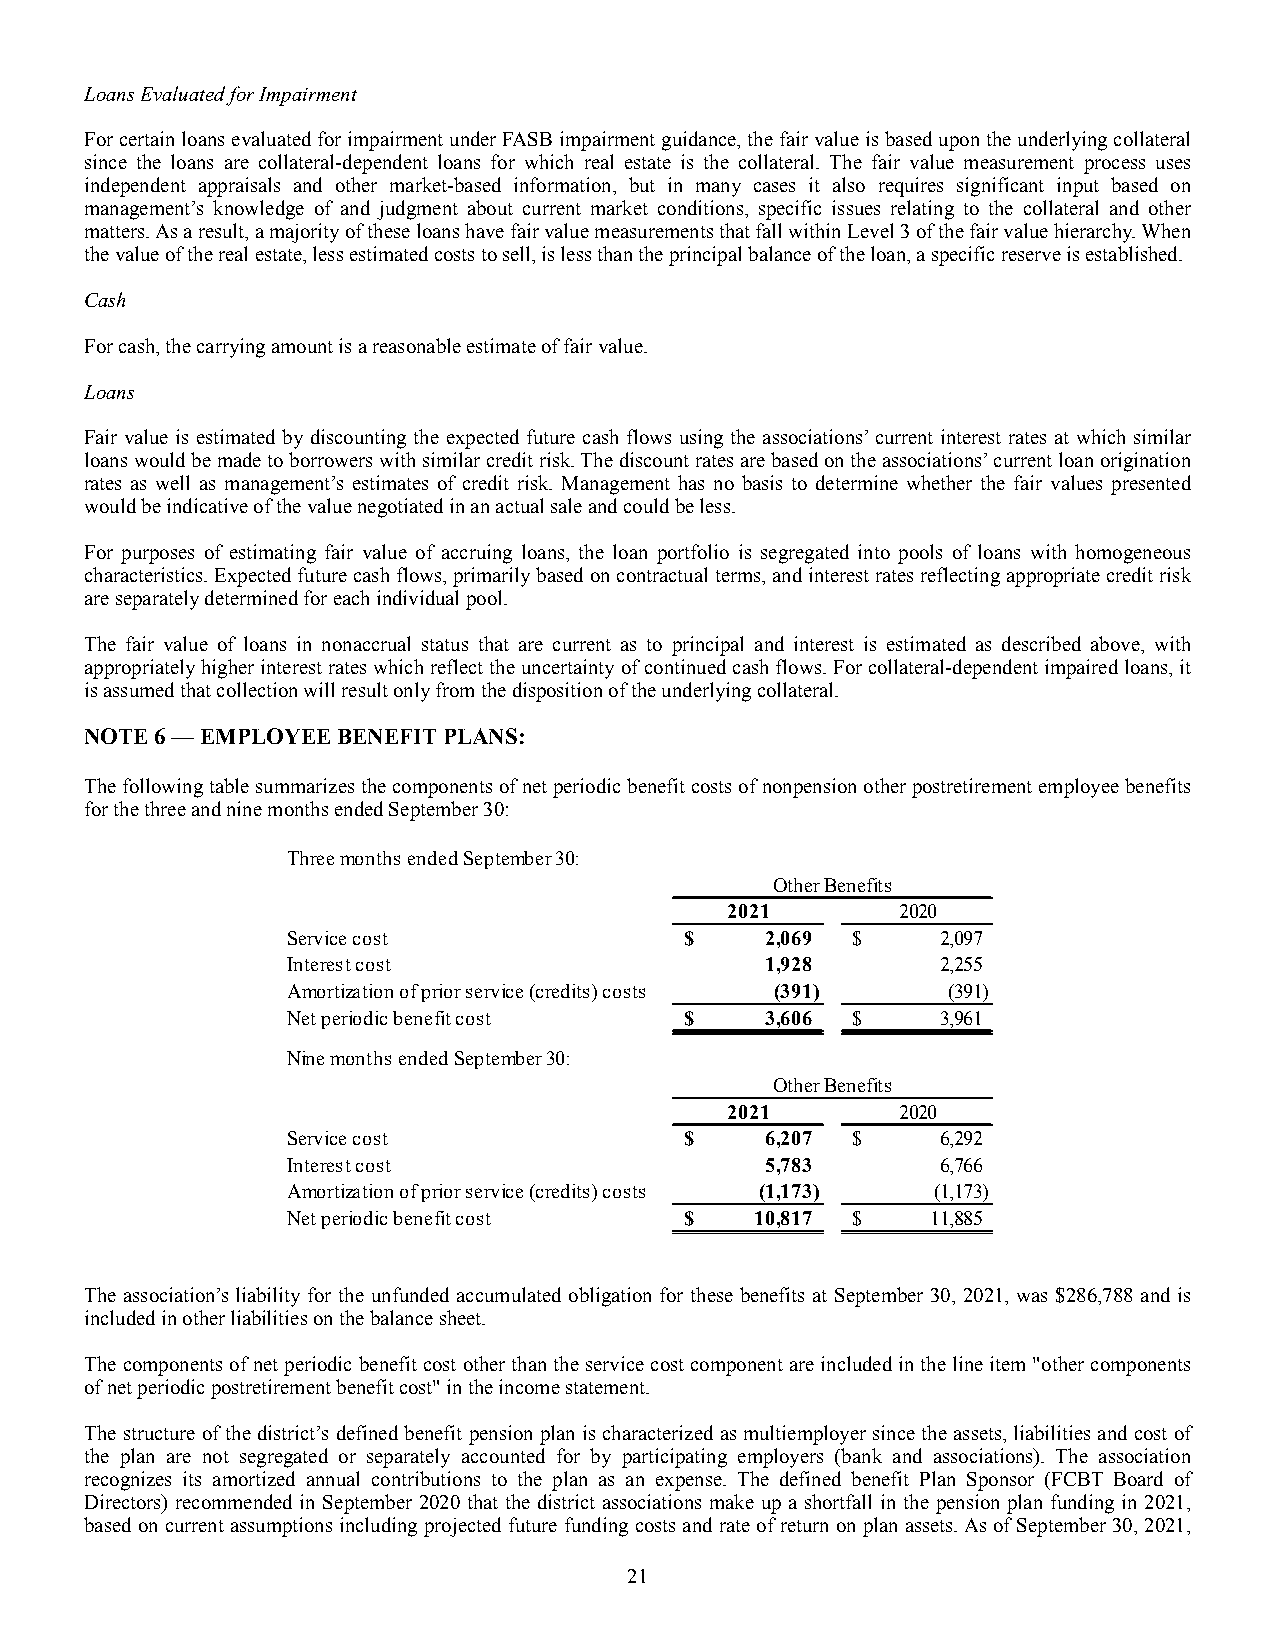
Loans Evaluated for Impairment
 For certain loans evaluated for impairment under FASB impairment guidance, the fair value is based upon the underlying collateral
 since the loans are collateral-dependent loans for which real estate is the collateral. The fair value measurement process uses
 independent appraisals and other market-based information, but in many cases it also requires significant input based on
 management’s knowledge of and judgment about current market conditions, specific issues relating to the collateral and other
 matters. As a result, a majority of these loans have fair value measurements that fall within Level 3 of the fair value hierarchy. When
 the value of the real estate, less estimated costs to sell, is less than the principal balance of the loan, a specific reserve is established.
 Cash
 For cash, the carrying amount is a reasonable estimate of fair value.
 Loans
 Fair value is estimated by discounting the expected future cash flows using the associations’ current interest rates at which similar
 loans would be made to borrowers with similar credit risk. The discount rates are based on the associations’ current loan origination
 rates as well as management’s estimates of credit risk. Management has no basis to determine whether the fair values presented
 would be indicative of the value negotiated in an actual sale and could be less.
 For purposes of estimating fair value of accruing loans, the loan portfolio is segregated into pools of loans with homogeneous
 characteristics. Expected future cash flows, primarily based on contractual terms, and interest rates reflecting appropriate credit risk
 are separately determined for each individual pool.
 The fair value of loans in nonaccrual status that are current as to principal and interest is estimated as described above, with
 appropriately higher interest rates which reflect the uncertainty of continued cash flows. For collateral-dependent impaired loans, it
 is assumed that collection will result only from the disposition of the underlying collateral.
 NOTE 6 — EMPLOYEE BENEFIT PLANS:
 The following table summarizes the components of net periodic benefit costs of nonpension other postretirement employee benefits
 for the three and nine months ended September 30:
 Three months ended September 30:
 Other Benefits
 2021        2020
 Service cost              $     2 ,069 $   2,097
 Interest cost                   1,928      2,255
 Amortization of prior service (credits) costs (391) (391)
 Net periodic benefit cost $     3 ,606 $   3,961
 Nine months ended September 30:
 Other Benefits
 2021        2020
 Service cost              $     6 ,207 $   6,292
 Interest cost                   5,783      6,766
 Amortization of prior service (credits) costs ( 1,173) (1,173)
 Net periodic benefit cost $    10,817 $    11,885
 The association’s liability for the unfunded accumulated obligation for these benefits at September 30, 2021, was $286,788 and is
 included in other liabilities on the balance sheet.
 The components of net periodic benefit cost other than the service cost component are included in the line item "other components
 of net periodic postretirement benefit cost" in the income statement.
 The structure of the district’s defined benefit pension plan is characterized as multiemployer since the assets, liabilities and cost of
 the plan are not segregated or separately accounted for by participating employers (bank and associations). The association
 recognizes its amortized annual contributions to the plan as an expense. The defined benefit Plan Sponsor (FCBT Board of
 Directors) recommended in September 2020 that the district associations make up a shortfall in the pension plan funding in 2021,
 based on current assumptions including projected future funding costs and rate of return on plan assets. As of September 30, 2021,
 21